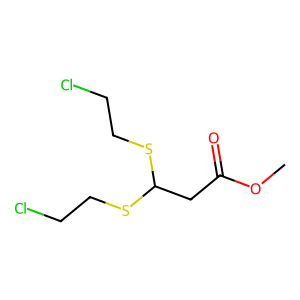
SMILES: COC(=O)CC(SCCCl)SCCCl
Inhibits HIV replication: No